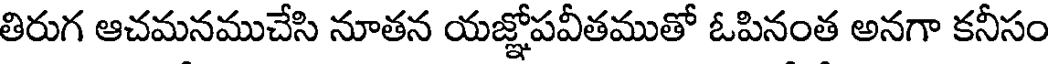
తిరుగ ఆచమనముచేసి నూతన యజ్ఞోపవీతముతో ఓపినంత అనగా కనీసం